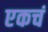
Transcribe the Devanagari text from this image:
एकचं